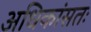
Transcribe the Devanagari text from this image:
अधिकांसतः